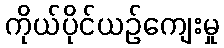
ကိုယ်ပိုင်ယဉ်ကျေးမှု